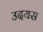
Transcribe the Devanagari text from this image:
उदयस